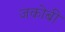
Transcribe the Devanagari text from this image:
जकोबी